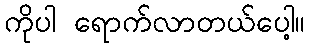
ကိုပါ ရောက်လာတယ်ပေါ့။